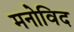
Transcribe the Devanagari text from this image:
मनोविद